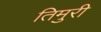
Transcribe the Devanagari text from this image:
तिमुरी